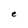
Character: e